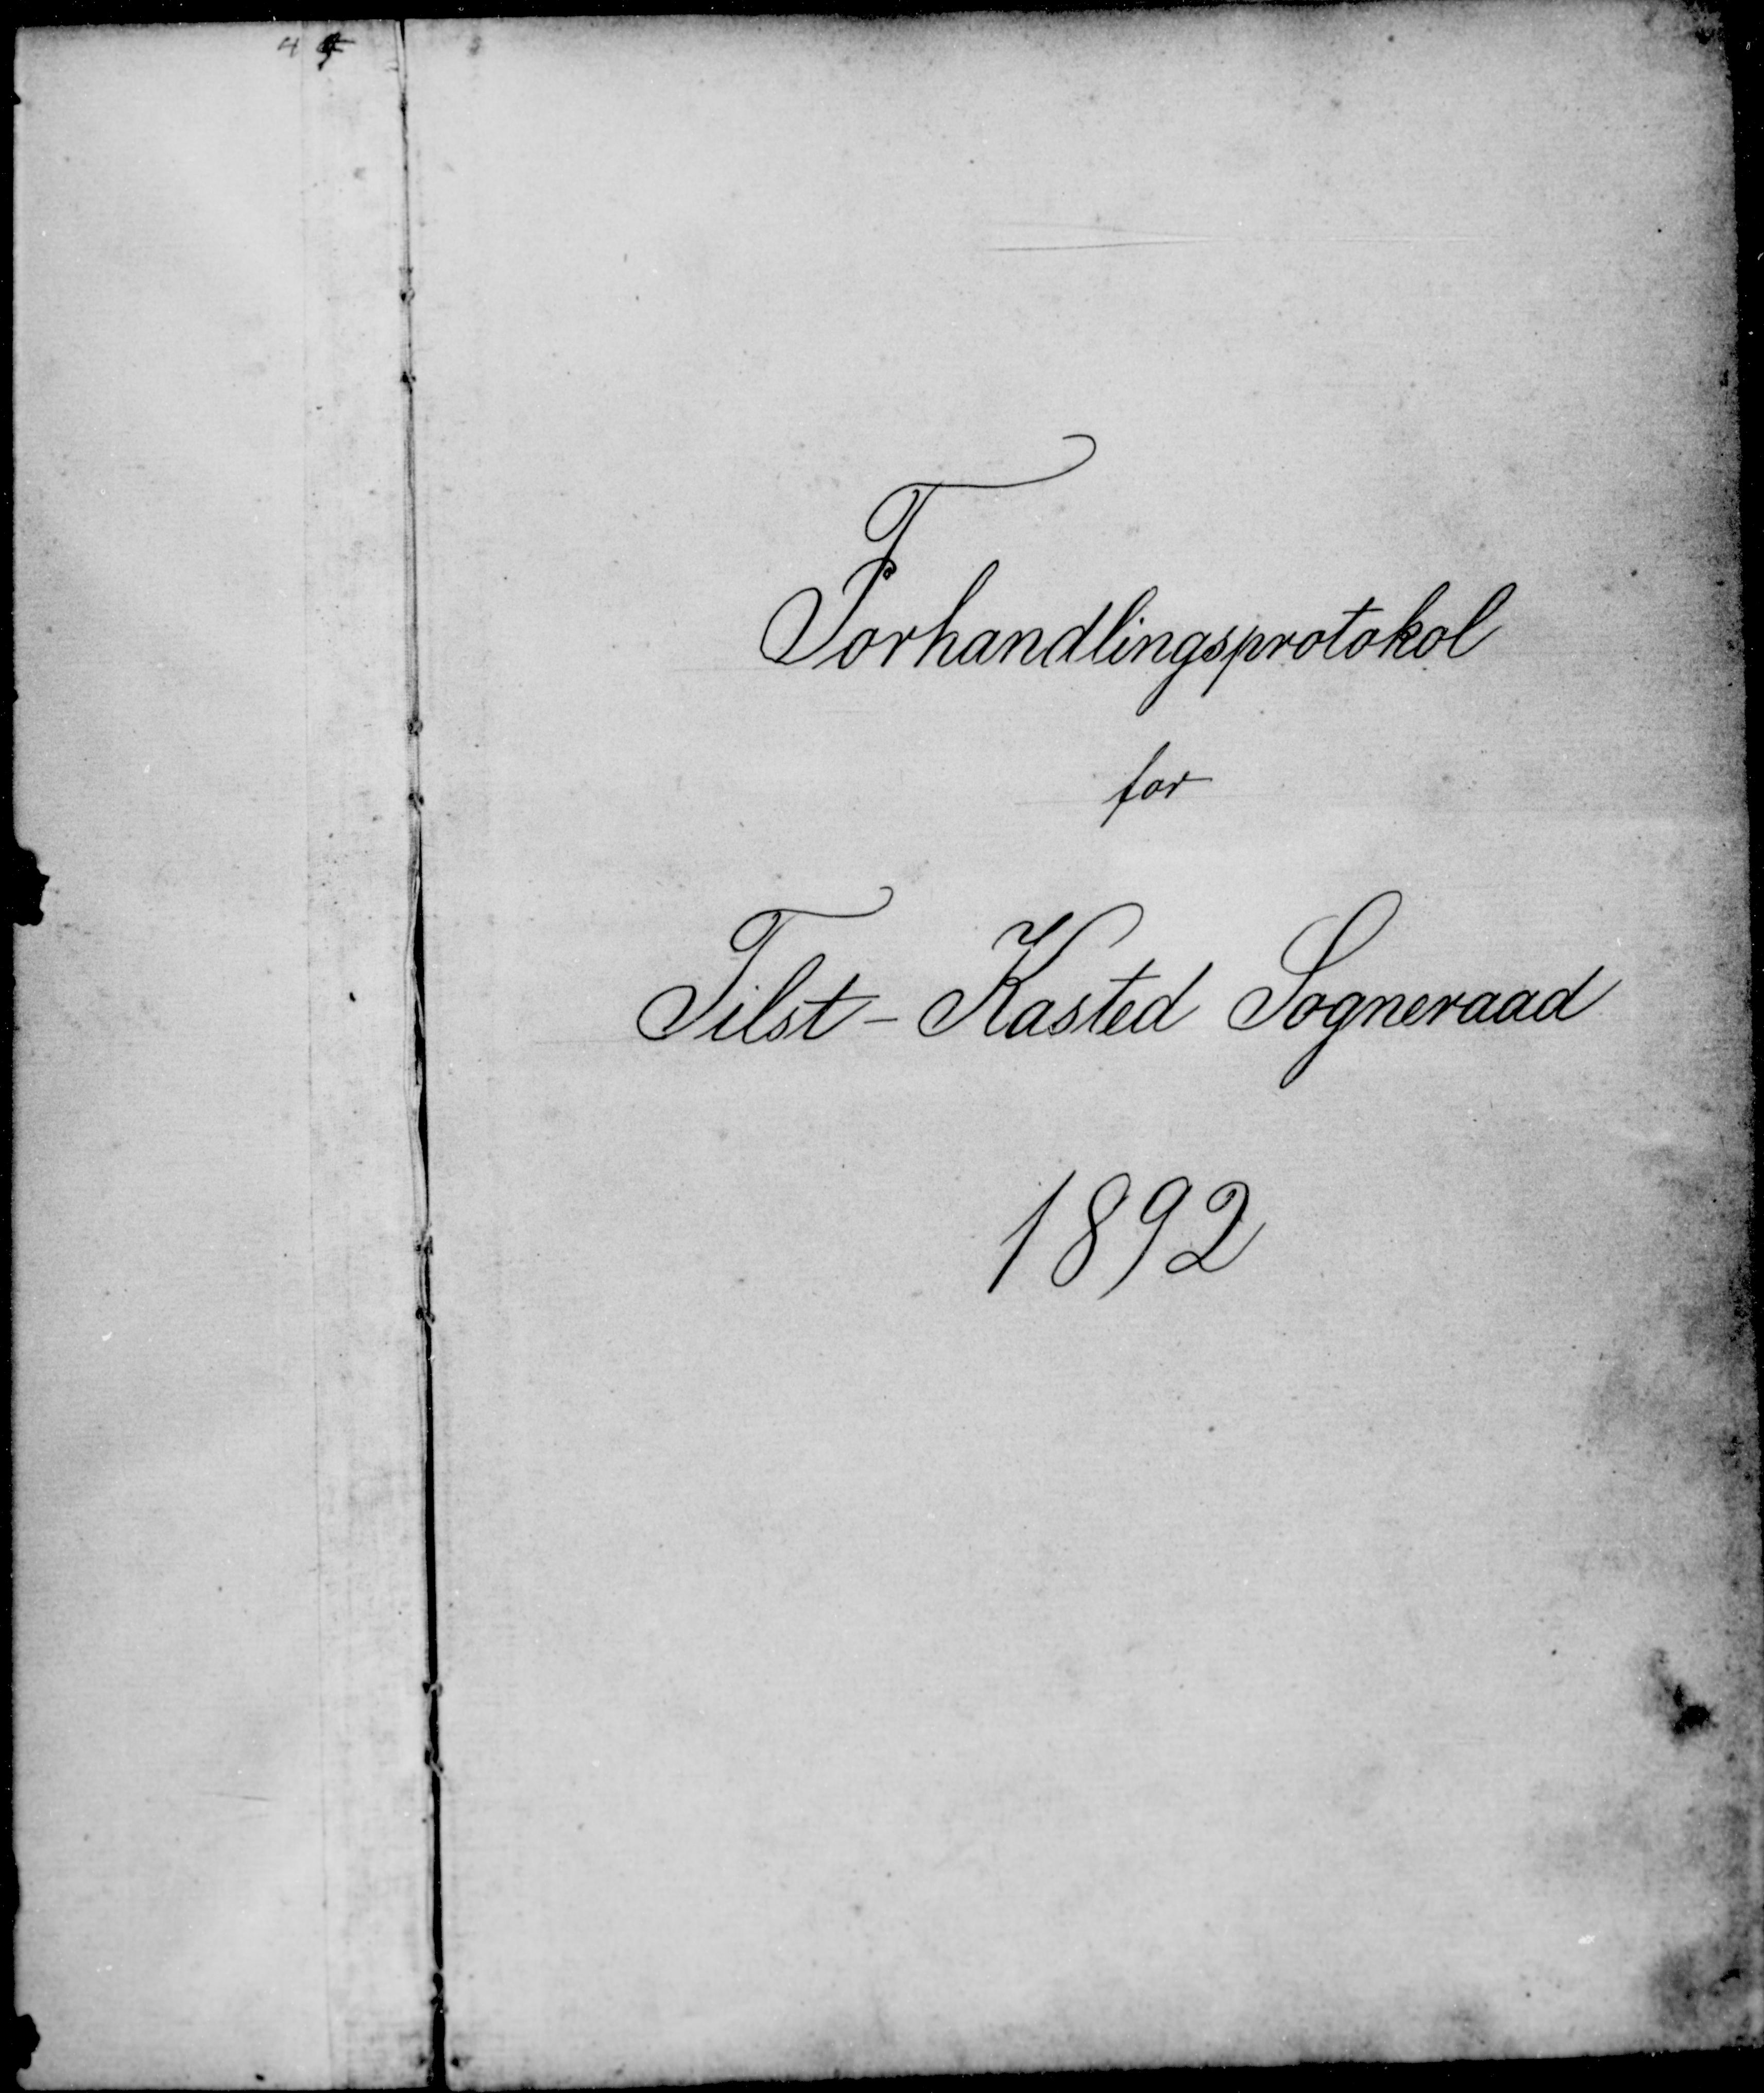
Transskription:
Forhandlingsprotokol
for
Tilst-Kasted Sogneraad
1892